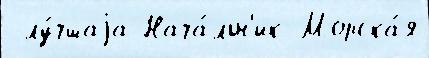
 лу́чшаjа Нача́льн'ик Морска́я